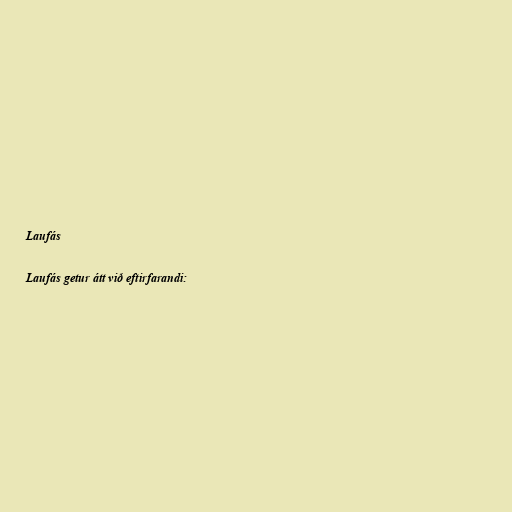
Laufás

Laufás getur átt við eftirfarandi: